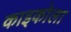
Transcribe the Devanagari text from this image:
काइकोला